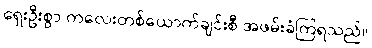
ရှေးဦးစွာ ကလေးတစ်ယောက်ချင်းစီ အဖမ်းခံကြရသည်။